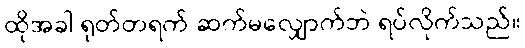
ထိုအခါ ရုတ်တရက် ဆက်မလျှောက်ဘဲ ရပ်လိုက်သည်။